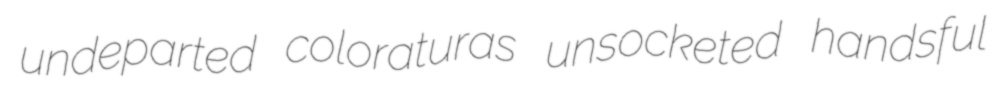
undeparted coloraturas unsocketed handsful